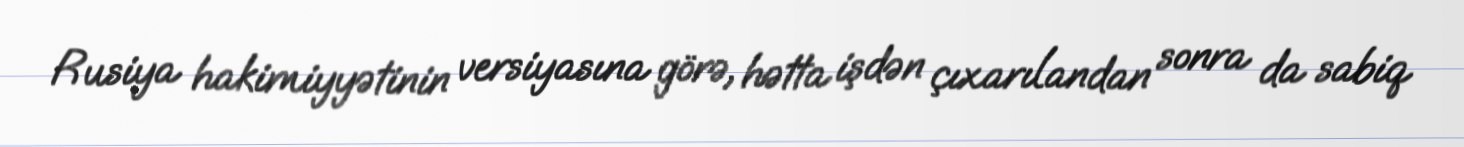
Rusiya hakimiyyətinin versiyasına görə, hətta işdən çıxarılandan sonra da sabiq